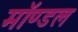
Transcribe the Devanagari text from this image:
मॉण्डल